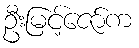
ဦးမြင့်ဇော်က